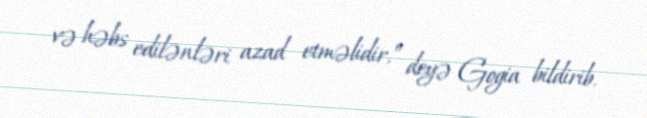
və həbs edilənləri azad etməlidir,” deyə Gogia bildirib.